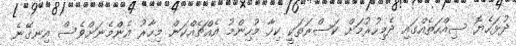
ދުޅަހެޔޮ ސިއްހަތެއްގައި ދެމިހުރުމަށް ކަސްރަތަކީ ކިހާ މުހިންމު އެއްޗެއްކަން މިހާރު އެންމެނަށްވެސް އިނގޭނެ